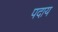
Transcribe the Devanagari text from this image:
पदाय